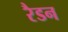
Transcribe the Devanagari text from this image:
रैडन